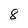
Character: 8